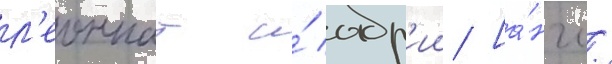
л'еоннат и́ абр'ии [а́нгл.